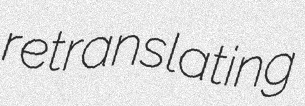
retranslating